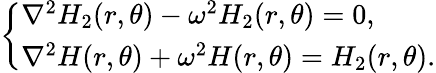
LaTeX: \left\{ \begin{array}{ll}{\nabla^{2}H_{2}(r,\theta)-\omega^{2}H_{2}(r,\theta)=0,}\\ {\nabla^{2}H(r,\theta)+\omega^{2}H(r,\theta)=H_{2}(r,\theta).}\end{array}\right.